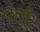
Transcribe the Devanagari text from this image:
वाकूँ